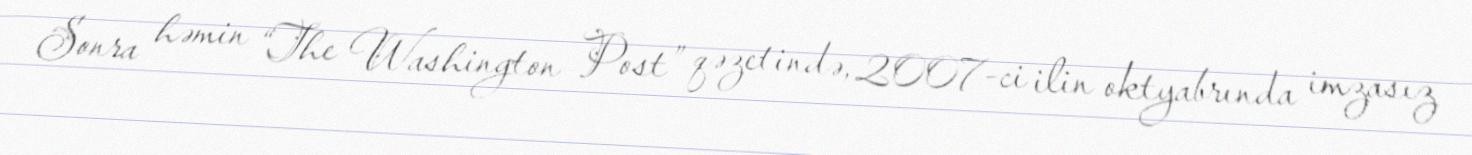
Sonra həmin “The Washington Post” qəzetində, 2007-ci ilin oktyabrında imzasız